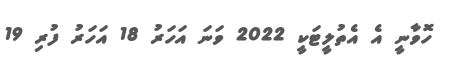
ހޮވާނީ އެ އެތުލީޓަކީ 2022 ވަނަ އަހަރު 18 އަހަރު ފުރި 19